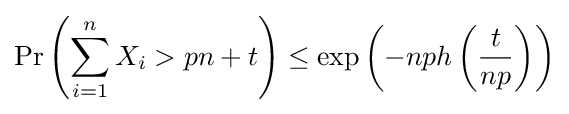
\Pr \left(\sum _{i=1}^{n}X_{i}>pn+t\right)\leq \exp \left(-nph\left({\frac {t}{np}}\right)\right)